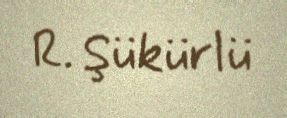
R. Şükürlü